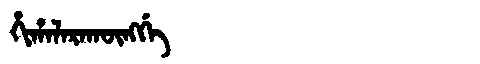
Manchu: ᡥᡳᡥᠠᠯᠠᡵᠠᡴᡡᠩᡤᡝ
Romanization: HIHALARAKŪNGGE